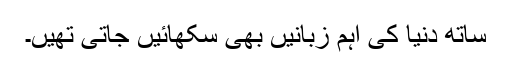
ساتھ دنیا کی اہم زبانیں بھی سکھائیں جاتی تھیں۔